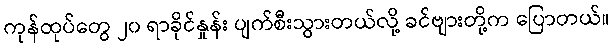
ကုန်ထုပ်တွေ ၂၀ ရာခိုင်နှုန်း ပျက်စီးသွားတယ်လို့ ခင်ဗျားတို့က ပြောတယ်။